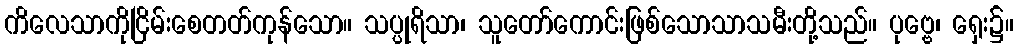
ကိလေသာကိုငြိမ်းစေတတ်ကုန်သော။ သပ္ပုရိသာ၊ သူတော်ကောင်းဖြစ်သောသာသမီးတို့သည်။ ပုဗ္ဗေ၊ ရှေး၌။